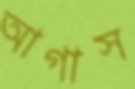
আগাস